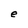
Character: e